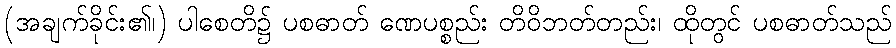
(အချက်ခိုင်း၏၊) ပါစေတိ၌ ပစဓာတ် ဏေပစ္စည်း တိဝိဘတ်တည်း၊ ထိုတွင် ပစဓာတ်သည်